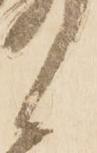
候